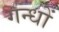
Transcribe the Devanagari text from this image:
गन्धों